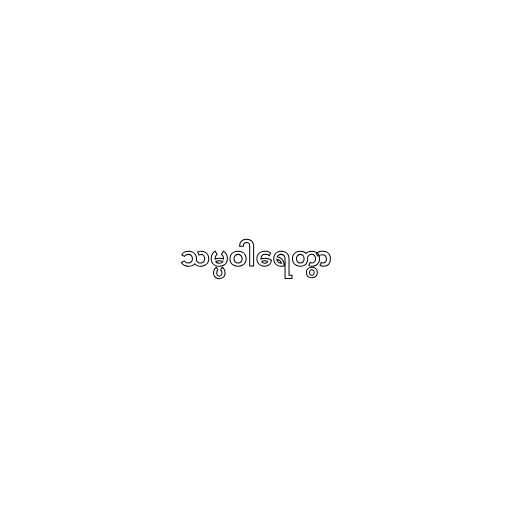
သမ္ပဝါရေတွာ